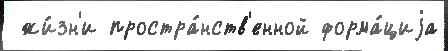
 жи́зн'и простра́нств'енной форма́циjа